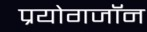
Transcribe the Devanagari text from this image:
प्रयोगजॉन